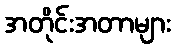
အတိုင်းအတာများ